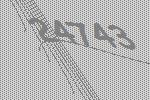
24743